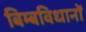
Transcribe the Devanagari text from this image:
बिम्बविधानों